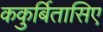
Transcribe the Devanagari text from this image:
ककुर्बितासिए